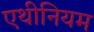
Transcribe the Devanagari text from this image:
एथीनियम